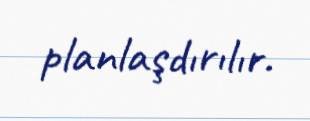
planlaşdırılır.